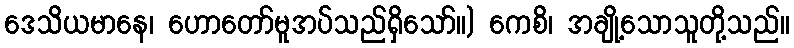
ဒေသိယမာနေ၊ ဟောတော်မူအပ်သည်ရှိသော်။) ကေစိ၊ အချို့သောသူတို့သည်။